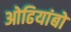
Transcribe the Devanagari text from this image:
ओढियांबो